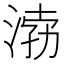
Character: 𱧉